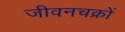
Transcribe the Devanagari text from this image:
जीवनचक्रों